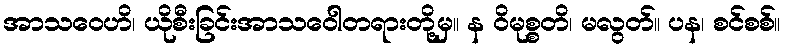
အာသဝေဟိ၊ ယိုစီးခြင်းအာသဝေါတရားတို့မှ။ န ဝိမုစ္စတိ၊ မလွတ်။ ပန၊ စင်စစ်။